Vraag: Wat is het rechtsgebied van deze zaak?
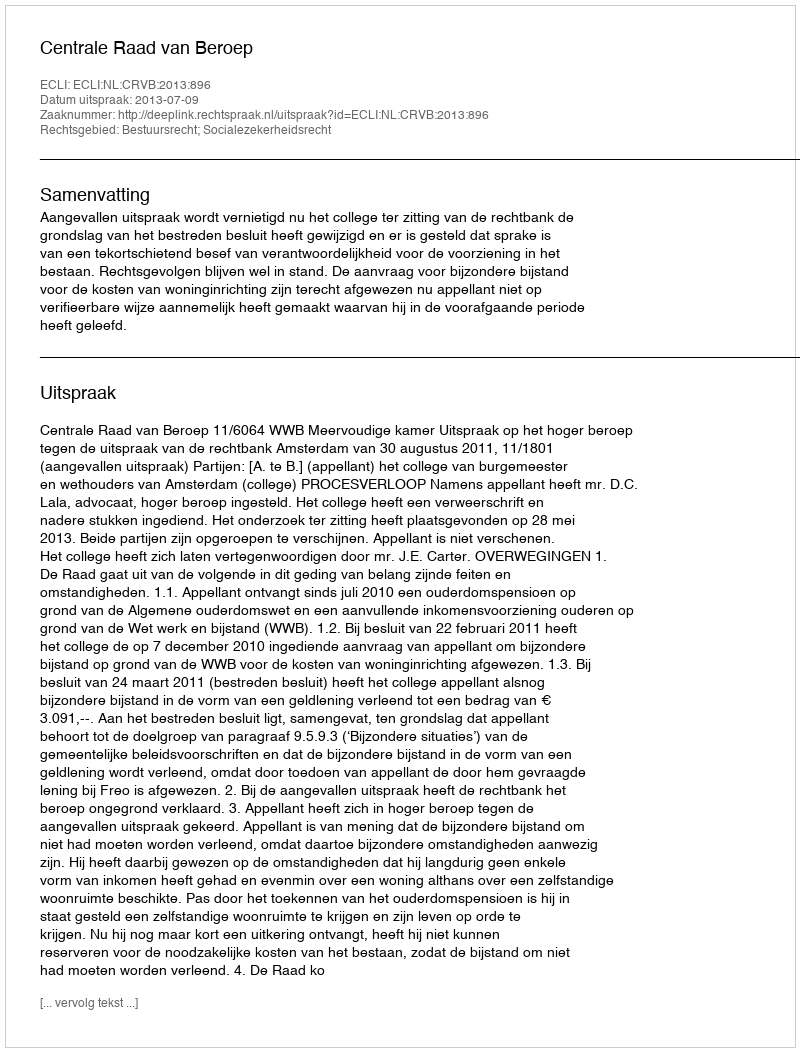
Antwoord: Bestuursrecht; Socialezekerheidsrecht